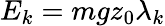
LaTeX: E_{k}=mgz_{0}\lambda_{k}